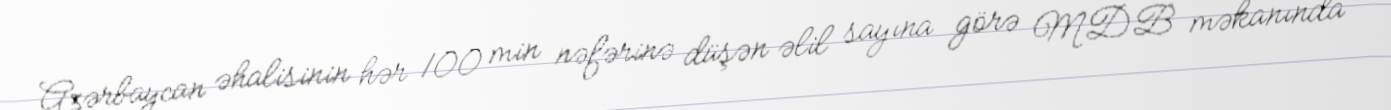
Azərbaycan əhalisinin hər 100 min nəfərinə düşən əlil sayına görə MDB məkanında